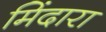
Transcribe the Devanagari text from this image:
मिंदारा